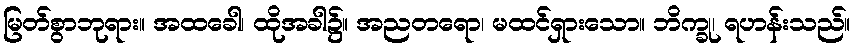
မြတ်စွာဘုရား။ အထခေါ၊ ထိုအခါ၌။ အညတရော၊ မထင်ရှားသော။ ဘိက္ခု၊ ရဟန်းသည်။